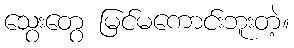
သွေးတွေ မြင်မကောင်းဘူးတဲ့။